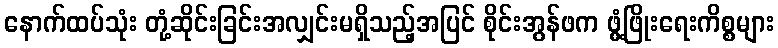
နောက်ထပ်သုံး တုံ့ဆိုင်းခြင်းအလျှင်းမရှိသည့်အပြင် စိုင်းအွန်ဖက ဖွံ့ဖြိုးရေးကိစ္စများ